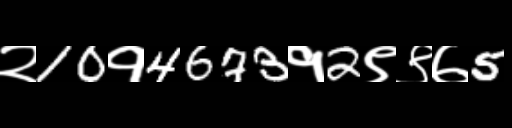
Text: २10१4673१2९९७5